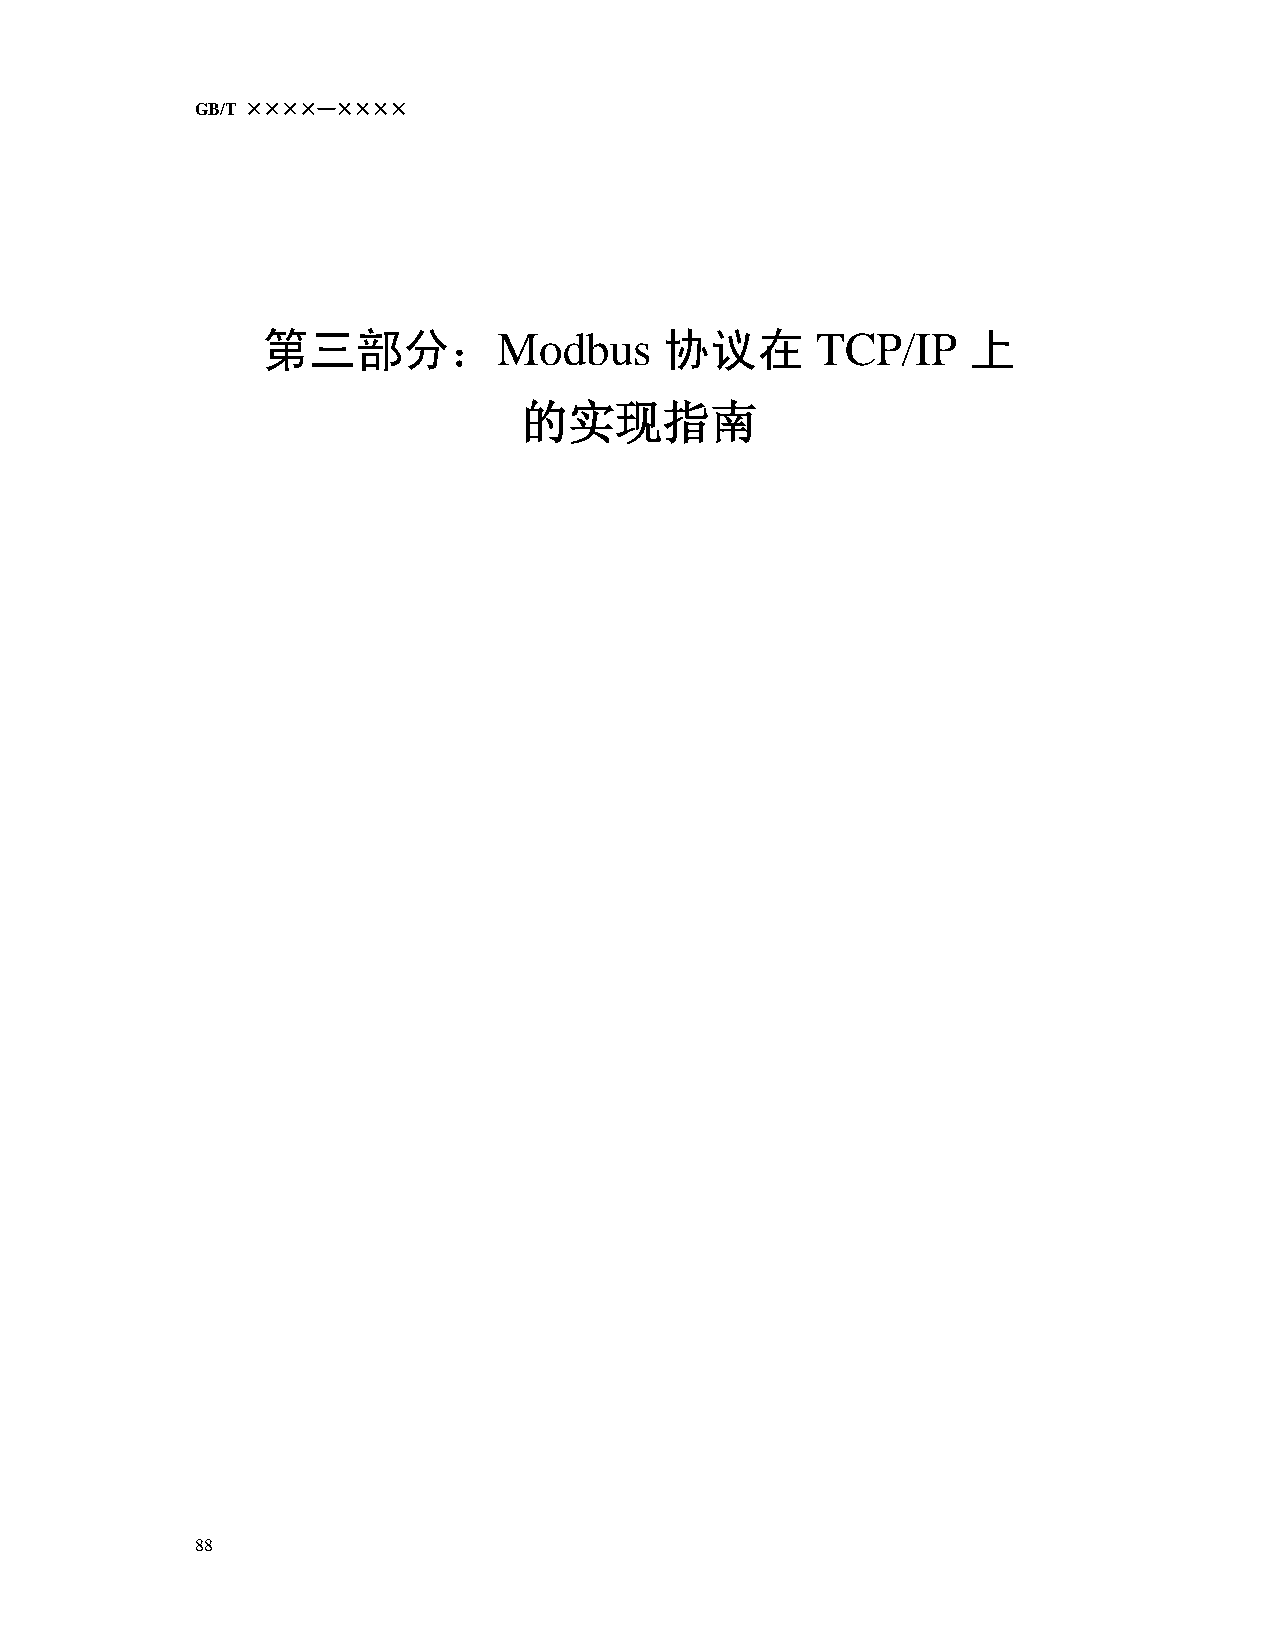
GB/T ××××—××××
 第三部分：Modbus                协议在       TCP/IP    上
 的实现指南
 88